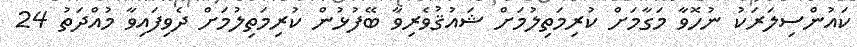
ކައުންސިލަރަކު ނުހޮވާ މަގާމަށް ކުރިމަތިލުމަށް ޝައުޤުވެރިވާ ބޭފުޅުން ކުރިމަތިލުމަށް ދެވިފައިވާ މުއްދަތު 24